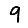
Digit: 9